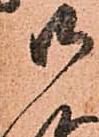
御